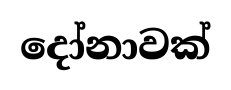
දෝනාවක්